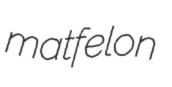
matfelon